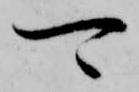
可